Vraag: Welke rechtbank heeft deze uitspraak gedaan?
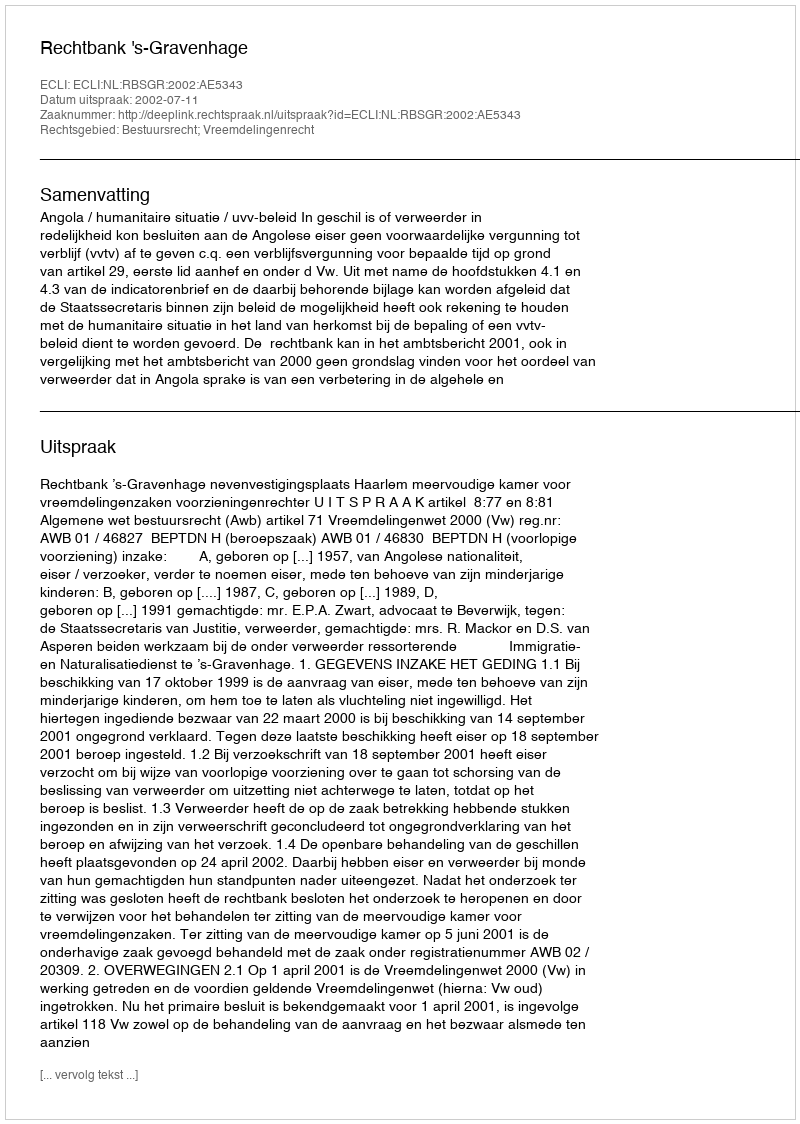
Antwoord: Rechtbank 's-Gravenhage